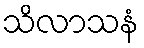
သိလာသနံ